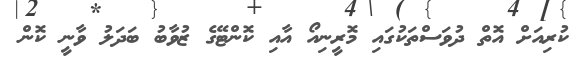
ކުރިއަށް އޮތް ދުވަސްތަކުގައި މޮރީނިއޯ އާއި ކޮންޓޭގެ ޒުވާބު ބަދަލު ވާނީ ކޮން